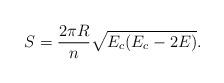
LaTeX: \begin{align*} S =\frac{2\pi R}{n}\sqrt{E_c(E_c-2E)}.\end{align*}